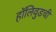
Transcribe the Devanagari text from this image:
हॉलिवुडची